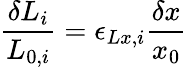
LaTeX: \frac{\delta L_{i}}{L_{0,i}}=\epsilon_{Lx,i}\frac{\delta x}{x_{0}}